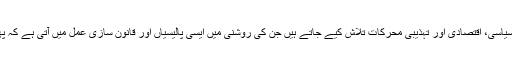
ایسے واقعات کے سماجی، نفسیاتی، معاشرتی، سیاسی، اقتصادی اور تہذیبی محرکات تلاش کیے جاتے ہیں جن کی روشنی میں ایسی پالیسیاں اور قانون سازی عمل میں آتی ہے کہ پھر عشروں تک ویسا سانحہ وقوع پذیر نہیں ہوتا۔